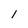
Character: 1